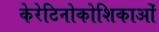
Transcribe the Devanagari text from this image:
केरेटिनोकोशिकाओं